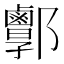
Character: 𨟣